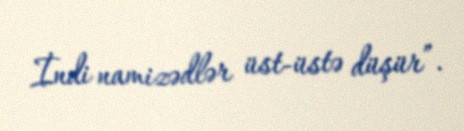
İndi namizədlər üst-üstə düşür”.